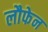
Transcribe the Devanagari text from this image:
लौफेन